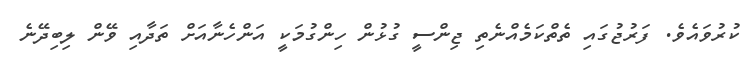
ކުރުވައެވެ. ފަރުޖުގައި ތެތްކަމެއްނެތި ޖިންސީ ގުޅުން ހިންގުމަކީ އަންހެނާއަށް ތަދާއި ވޭން ލިބިދޭނެ